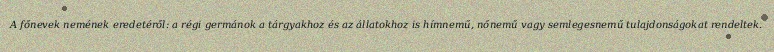
A főnevek nemének eredetéről: a régi germánok a tárgyakhoz és az állatokhoz is hímnemű, nőnemű vagy semlegesnemű tulajdonságokat rendeltek.